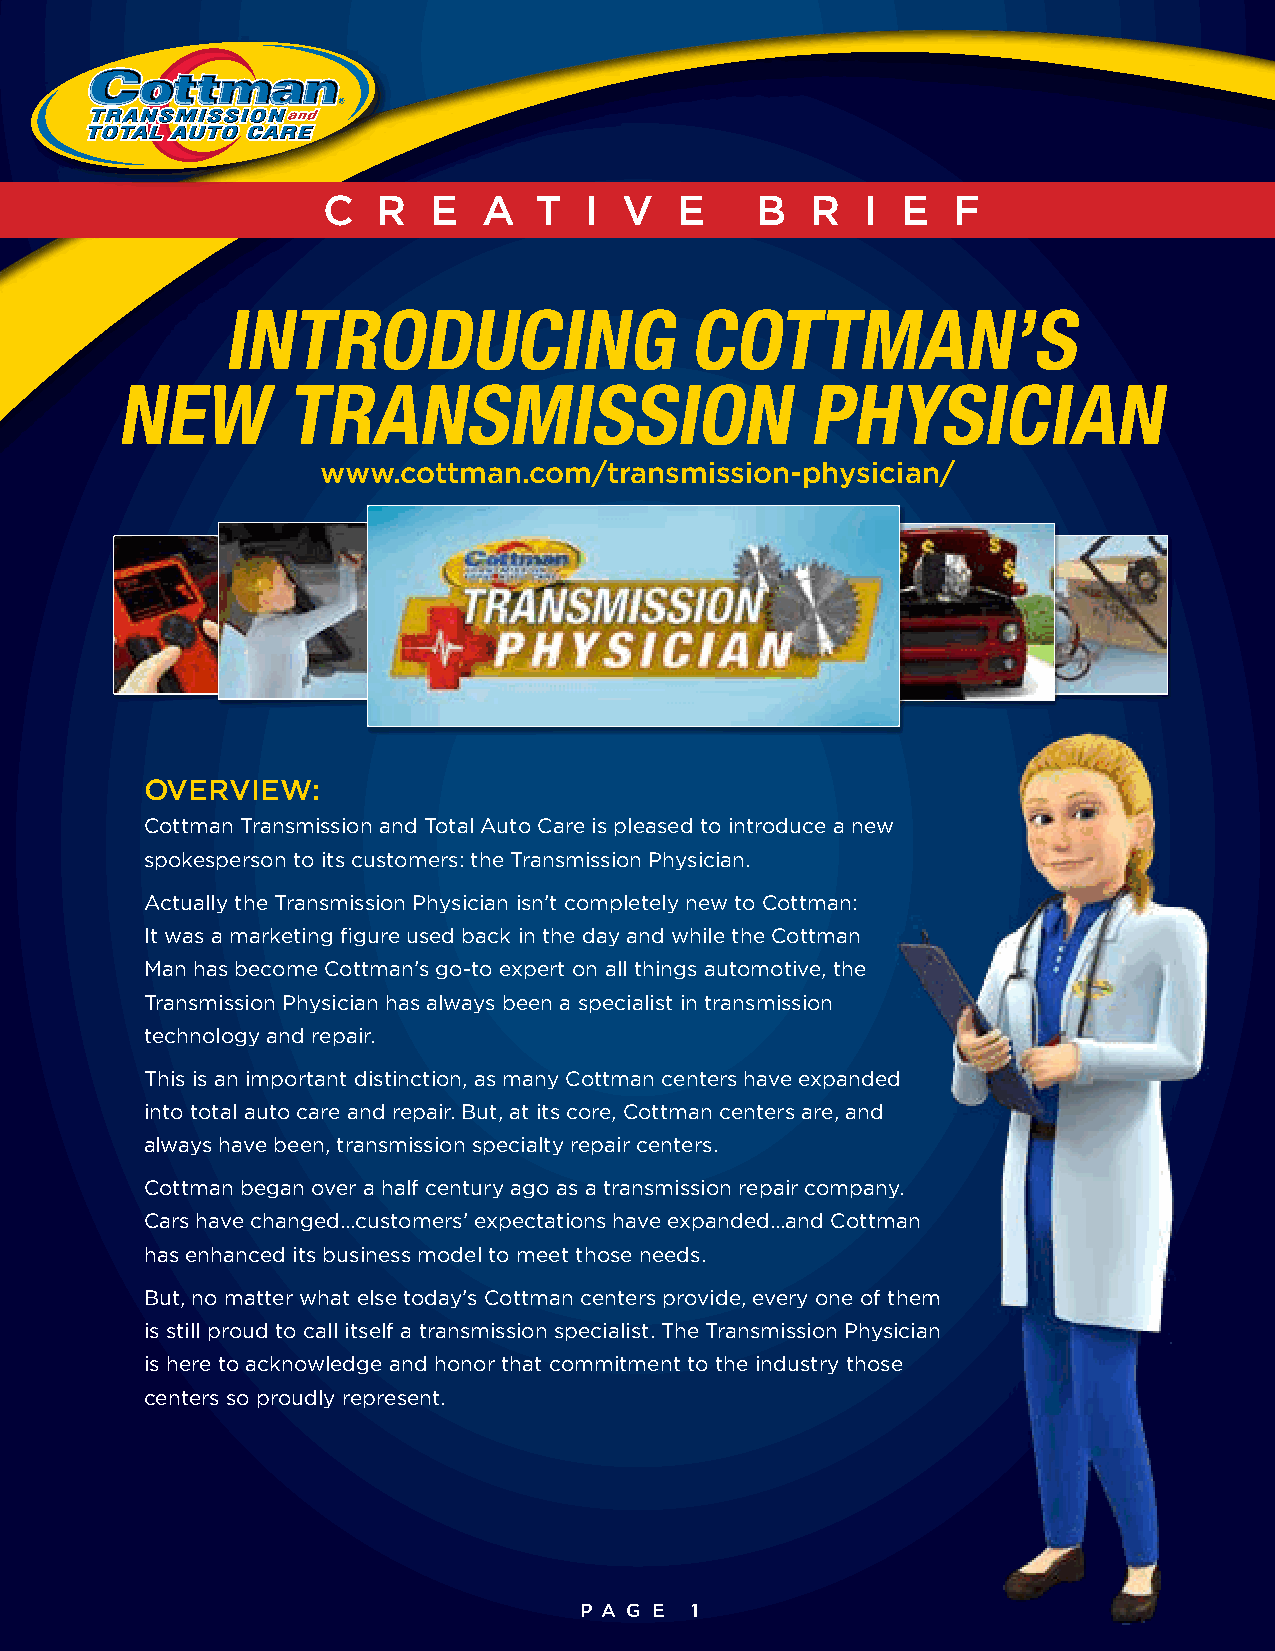
C   R   E  A  T   I V   E    B   R  I  E  F
 INTRODUCING                   COTTMAN’S
 NEW        TRANSMISSION                      PHYSICIAN
 www.cottman.com/transmission-physician/
 OVERVIEW:
 Cottman Transmission and Total Auto Care is pleased to introduce a new
 spokesperson to its customers: the Transmission Physician.
 Actually the Transmission Physician isn’t completely new to Cottman:
 It was a marketing figure used back in the day and while the Cottman
 Man has become Cottman’s go-to expert on all things automotive, the
 Transmission Physician has always been a specialist in transmission
 technology and repair.
 This is an important distinction, as many Cottman centers have expanded
 into total auto care and repair. But, at its core, Cottman centers are, and
 always have been, transmission specialty repair centers.
 Cottman began over a half century ago as a transmission repair company.
 Cars have changed...customers’ expectations have expanded...and Cottman
 has enhanced its business model to meet those needs.
 But, no matter what else today’s Cottman centers provide, every one of them
 is still proud to call itself a transmission specialist. The Transmission Physician
 is here to acknowledge and honor that commitment to the industry those
 centers so proudly represent.
 P A G E 1